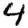
Digit: 4